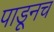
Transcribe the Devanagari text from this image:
पाडूनच